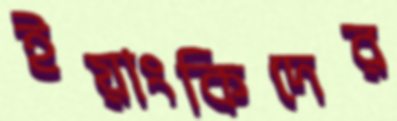
ইয়াংকিদের